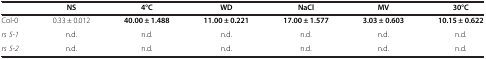
<table><thead><tr><td><b> </b></td><td><b>NS</b></td><td><b>4°C</b></td><td><b>WD</b></td><td><b>NaCl</b></td><td><b>MV</b></td><td><b>30°C</b></td></tr></thead><tbody><tr><td>Col-0</td><td>0.33 ± 0.012</td><td><b>40.00 ± 1.488</b></td><td><b>11.00 ± 0.221</b></td><td><b>17.00 ± 1.577</b></td><td><b>3.03 ± 0.603</b></td><td><b>10.15 ± 0.622</b></td></tr><tr><td><i>rs 5-1</i></td><td>n.d.</td><td>n.d.</td><td>n.d.</td><td>n.d.</td><td>n.d.</td><td>n.d.</td></tr><tr><td><i>rs 5-2</i></td><td>n.d.</td><td>n.d.</td><td>n.d.</td><td>n.d.</td><td>n.d.</td><td>n.d.</td></tr></tbody></table>